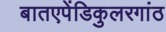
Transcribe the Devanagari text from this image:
बातएपेंडिकुलरगांठ